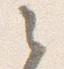
之